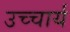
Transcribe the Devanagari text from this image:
उच्चार्य